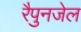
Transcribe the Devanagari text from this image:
रैपुनजेल